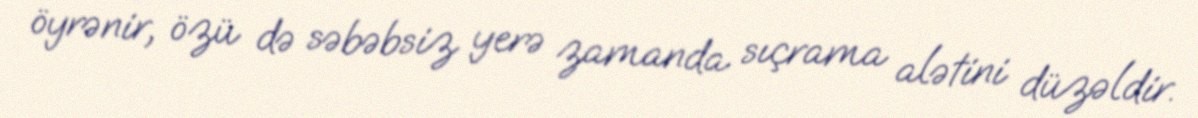
öyrənir, özü də səbəbsiz yerə zamanda sıçrama alətini düzəldir.